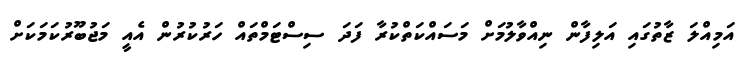
އަމިއްލަ ޒާތުގައި އަލިފާން ނިއްވާލުމަށް މަސައްކަތްކުރާ ފަދަ ސިސްޓަމްތައް ހަރުކުރުން އެއީ މަޖުބޫރުކަމަކަށް